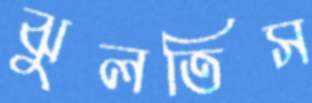
ঝুলতিস